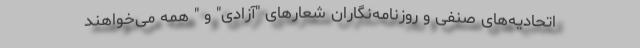
اتحادیه‌های صنفی و روزنامه‌نگاران شعارهای "آزادی" و " همه می‌خواهند